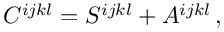
C ^ { i j k l } = S ^ { i j k l } + A ^ { i j k l } \, ,